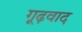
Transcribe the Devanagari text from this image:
गूढ़वाद